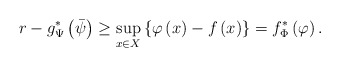
\begin{align*}r-g^{*}_\Psi\left(\bar{\psi}\right) & \geq\sup_{x\in X} \left\{\varphi\left(x\right)-f\left(x\right)\right\}= f^{*}_\Phi \left(\varphi\right).\end{align*}